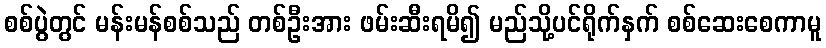
စစ်ပွဲတွင် မန်းမန်စစ်သည် တစ်ဦးအား ဖမ်းဆီးရမိ၍ မည်သို့ပင်ရိုက်နှက် စစ်ဆေးစေကာမူ